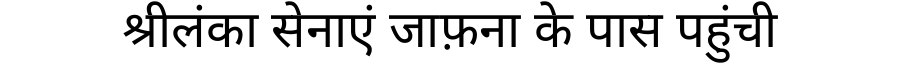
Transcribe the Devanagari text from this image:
श्रीलंका सेनाएं जाफ़ना के पास पहुंची